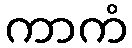
ကာကံ